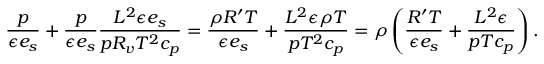
\frac { p } { \epsilon e _ { s } } + \frac { p } { \epsilon e _ { s } } \frac { L ^ { 2 } \epsilon e _ { s } } { p R _ { v } T ^ { 2 } c _ { p } } = \frac { \rho R ^ { \prime } T } { \epsilon e _ { s } } + \frac { L ^ { 2 } \epsilon \rho T } { p T ^ { 2 } c _ { p } } = \rho \left( \frac { R ^ { \prime } T } { \epsilon e _ { s } } + \frac { L ^ { 2 } \epsilon } { p T c _ { p } } \right) .